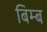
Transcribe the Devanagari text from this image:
बिम्‍ब